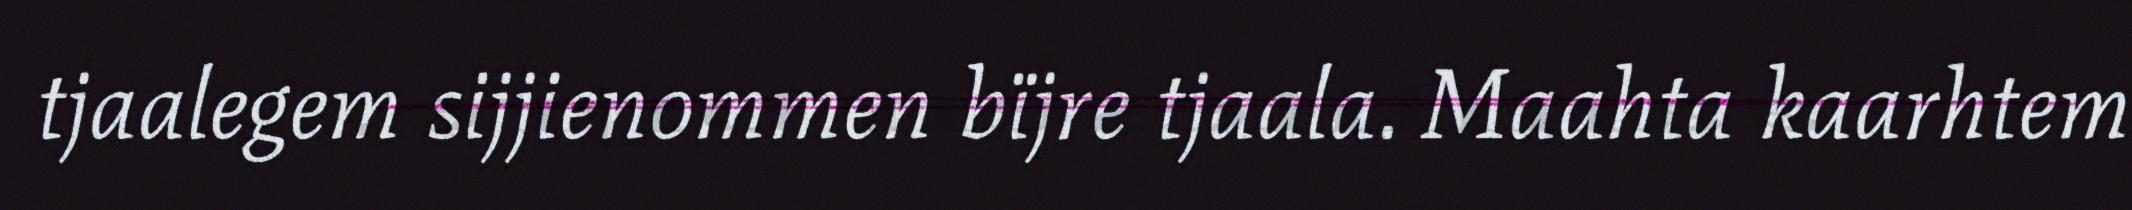
tjaalegem sijjienommen bïjre tjaala. Maahta kaarhtem